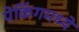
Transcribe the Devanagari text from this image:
पेकिंगमध्ये